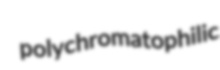
polychromatophilic